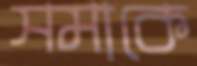
সমাকে